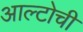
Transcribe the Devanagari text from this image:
आल्टोची